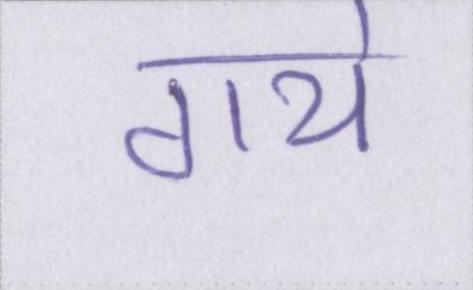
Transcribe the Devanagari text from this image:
गये